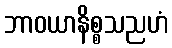
ဘာဝယာနိစ္စသညဟံ